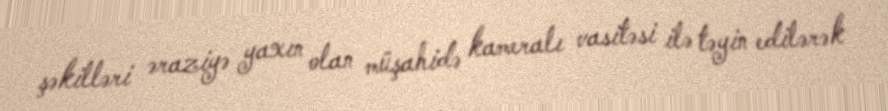
şəkilləri əraziyə yaxın olan müşahidə kameralı vasitəsi ilə təyin edilərək